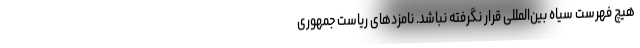
هیچ فهرست سیاه بین‌المللی قرار نگرفته نباشد. نامزدهای ریاست جمهوری